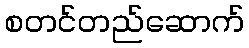
စတင်တည်ဆောက်